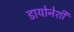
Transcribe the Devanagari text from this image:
डायोनेशी